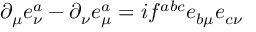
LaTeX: \partial _ { \mu } e _ { \nu } ^ { a } - \partial _ { \nu } e _ { \mu } ^ { a } = i f ^ { a b c } e _ { b \mu } e _ { c \nu }